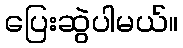
ပြေးဆွဲပါမယ်။